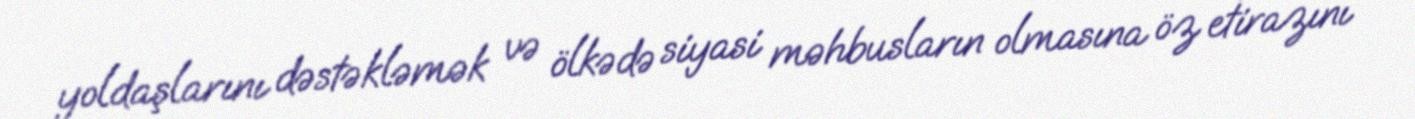
yoldaşlarını dəstəkləmək və ölkədə siyasi məhbusların olmasına öz etirazını